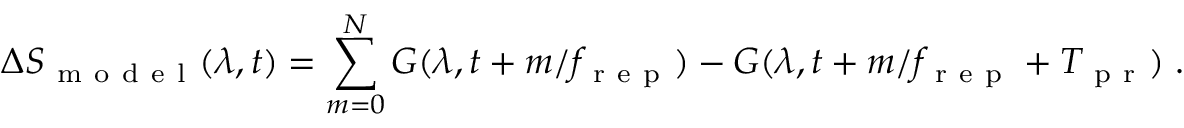
\Delta S _ { \mathrm { ~ m ~ o ~ d ~ e ~ l ~ } } ( \lambda , t ) = \sum _ { m = 0 } ^ { N } G ( \lambda , t + m / f _ { \mathrm { ~ r ~ e ~ p ~ } } ) - G ( \lambda , t + m / f _ { \mathrm { ~ r ~ e ~ p ~ } } + T _ { \mathrm { ~ p ~ r ~ } } ) \; .